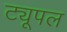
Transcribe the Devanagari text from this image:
ट्यूपल